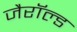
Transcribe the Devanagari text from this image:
जैरॉल्ड